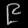
Digit: ၉